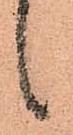
々